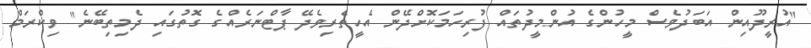
"އުރީދޫއިން އަބަދުވެސް މީހުންގެ އުންމީދުތައް ފުރިހަމަކޮށްދޭން އެހީތެރިވެދޭ ޕާޓްނަރެއްގެ ގޮތުގައި ދެމިތިބޭނެ" ވިކްރަމް